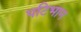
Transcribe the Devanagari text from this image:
पटिभान